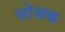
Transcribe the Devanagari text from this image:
सोजक